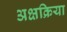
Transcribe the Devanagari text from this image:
अक्षक्रिया